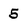
Character: 5